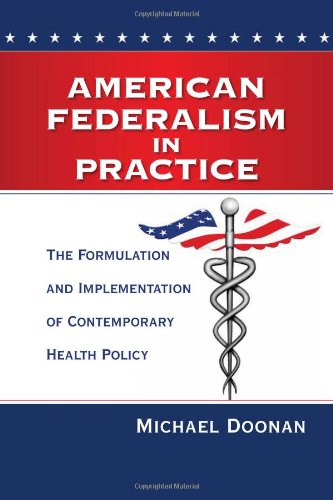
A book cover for American Federalism in Practice: The Formulation and Implementation of Contemporary Health Policy; Michael Doonan; Business & Money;